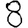
Digit: 8